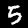
Digit: 5